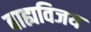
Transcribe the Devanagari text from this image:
बाह्यविजय